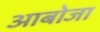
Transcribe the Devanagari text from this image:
आबोजा